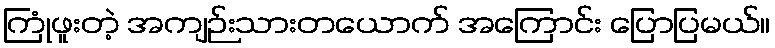
ကြုံဖူးတဲ့ အကျဉ်းသားတယောက် အကြောင်း ပြောပြမယ်။